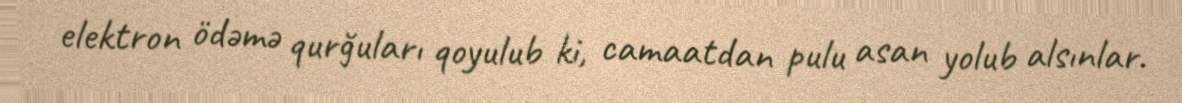
elektron ödəmə qurğuları qoyulub ki, camaatdan pulu asan yolub alsınlar.